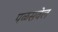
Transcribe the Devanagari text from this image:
पळसवेल